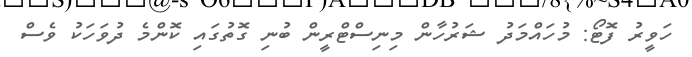
ހަވީރު ފޮޓޯ: މުހައްމަދު ޝަރުހާން މިނިސްޓްރީން ބުނި ގޮތުގައި ކޮންމެ ދުވަހަކު ވެސް